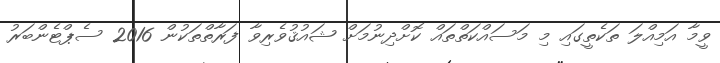
ވީމާ އަމިއްލަ ތަކެތީގައި މި މަސައްކަތްތައް ކޮށްދިނުމަށް ޝައުޤުވެރިވާ ފަރާތްތަކުން 2016 ސެޕްޓެންބަރު